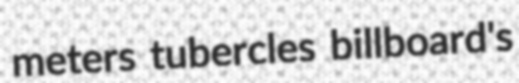
meters tubercles billboard's